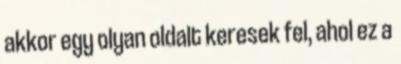
akkor egy olyan oldalt keresek fel, ahol ez a